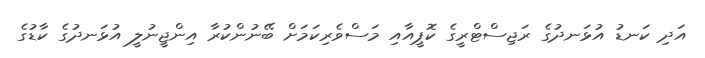
އަދި ކަނޑު އުޅަނދުގެ ރަޖިސްޓްރީގެ ކޮޕީއާއި މަސްވެރިކަމަށް ބޭނުންކުރާ އިންޖީނުލީ އުޅަނދުގެ ކާޑުގެ